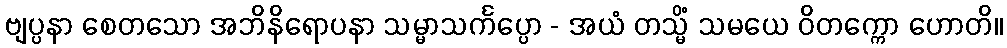
ဗျပ္ပနာ စေတသော အဘိနိရောပနာ သမ္မာသင်္ကပ္ပော - အယံ တသ္မိံ သမယေ ဝိတက္ကော ဟောတိ။